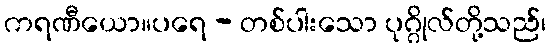
ကရဏီယော။ပရေ - တစ်ပါးသော ပုဂ္ဂိုလ်တို့သည်၊